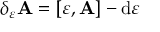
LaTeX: \delta _ { \varepsilon } \mathbf { A } = [ \varepsilon , \mathbf { A } ] - \mathrm { d } \varepsilon